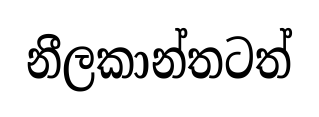
නීලකාන්තටත්